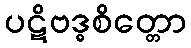
ပဋိဗဒ္ဓစိတ္တော